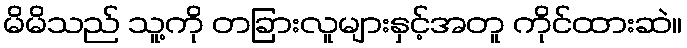
မိမိသည် သူ့ကို တခြားလူများနှင့်အတူ ကိုင်ထားဆဲ။